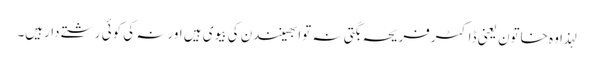
لہذا وہ خاتون یعنی ڈاکٹرفریحہ بگتی نہ توابھینندن کی بیوی ہیں اورنہ کی کوئی رشتے دارہیں۔